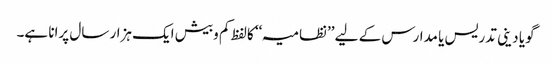
گویا دینی تدریس یا مدارس کے لیے ’’نظامیہ‘‘ کالفظ کم وبیش ایک ہزار سال پرانا ہے۔